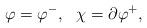
LaTeX: \begin{align*}\varphi = \varphi ^- ,~~ \chi= \partial \varphi ^+,\end{align*}